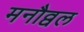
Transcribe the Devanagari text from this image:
मनौव्वल